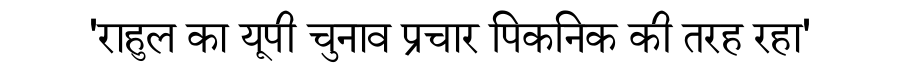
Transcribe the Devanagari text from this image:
'राहुल का यूपी चुनाव प्रचार पिकनिक की तरह रहा'